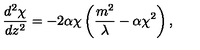
\frac { d ^ { 2 } \chi } { d z ^ { 2 } } = - 2 \alpha \chi \left( \frac { m ^ { 2 } } { \lambda } - \alpha \chi ^ { 2 } \right) ,